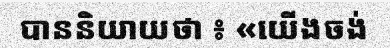
បាននិយាយថា ៖ «យើងចង់